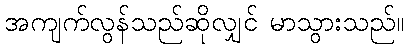
အကျက်လွန်သည်ဆိုလျှင် မာသွားသည်။